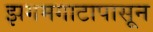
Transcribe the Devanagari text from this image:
झगमगाटापासून